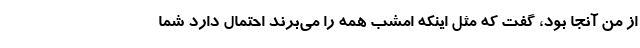
از من آنجا بود، گفت که مثل اینکه امشب همه را می‌برند احتمال دارد شما